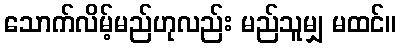
သောက်လိမ့်မည်ဟုလည်း မည်သူမျှ မထင်။